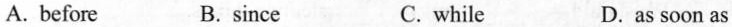
A. before B. since C. while D.as soon as